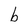
Character: b